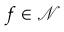
f \in \mathcal { N }